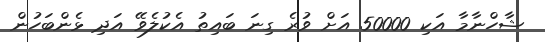
ޝާހްނާމާ އަކި 50000 އަށް ވުރެ ގިނަ ބައިތު އެކުލެވޭ އަދި ޅެންބަހުން